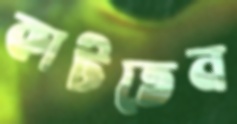
কাটতেন